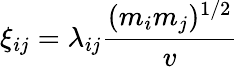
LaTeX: \xi_{ij}=\lambda_{ij}\frac{(m_{i}m_{j})^{1/2}}{v}